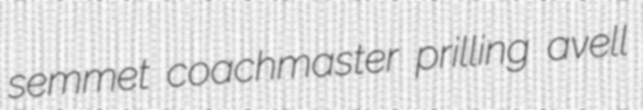
semmet coachmaster prilling avell